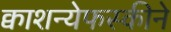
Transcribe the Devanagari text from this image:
क्वाशन्येफस्कीने